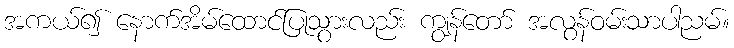
အကယ်၍ နောက်အိမ်ထောင်ပြုသွားလည်း ကျွန်တော် အလွန်ဝမ်းသာပါညမ်။